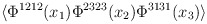
\begin{align*}\langle \Phi^{1212}(x_{1})\Phi^{2323}(x_{2})\Phi^{3131}(x_{3}) \rangle \end{align*}